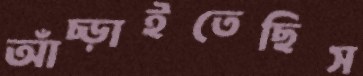
আঁচ্‌ড়াইতেছিস